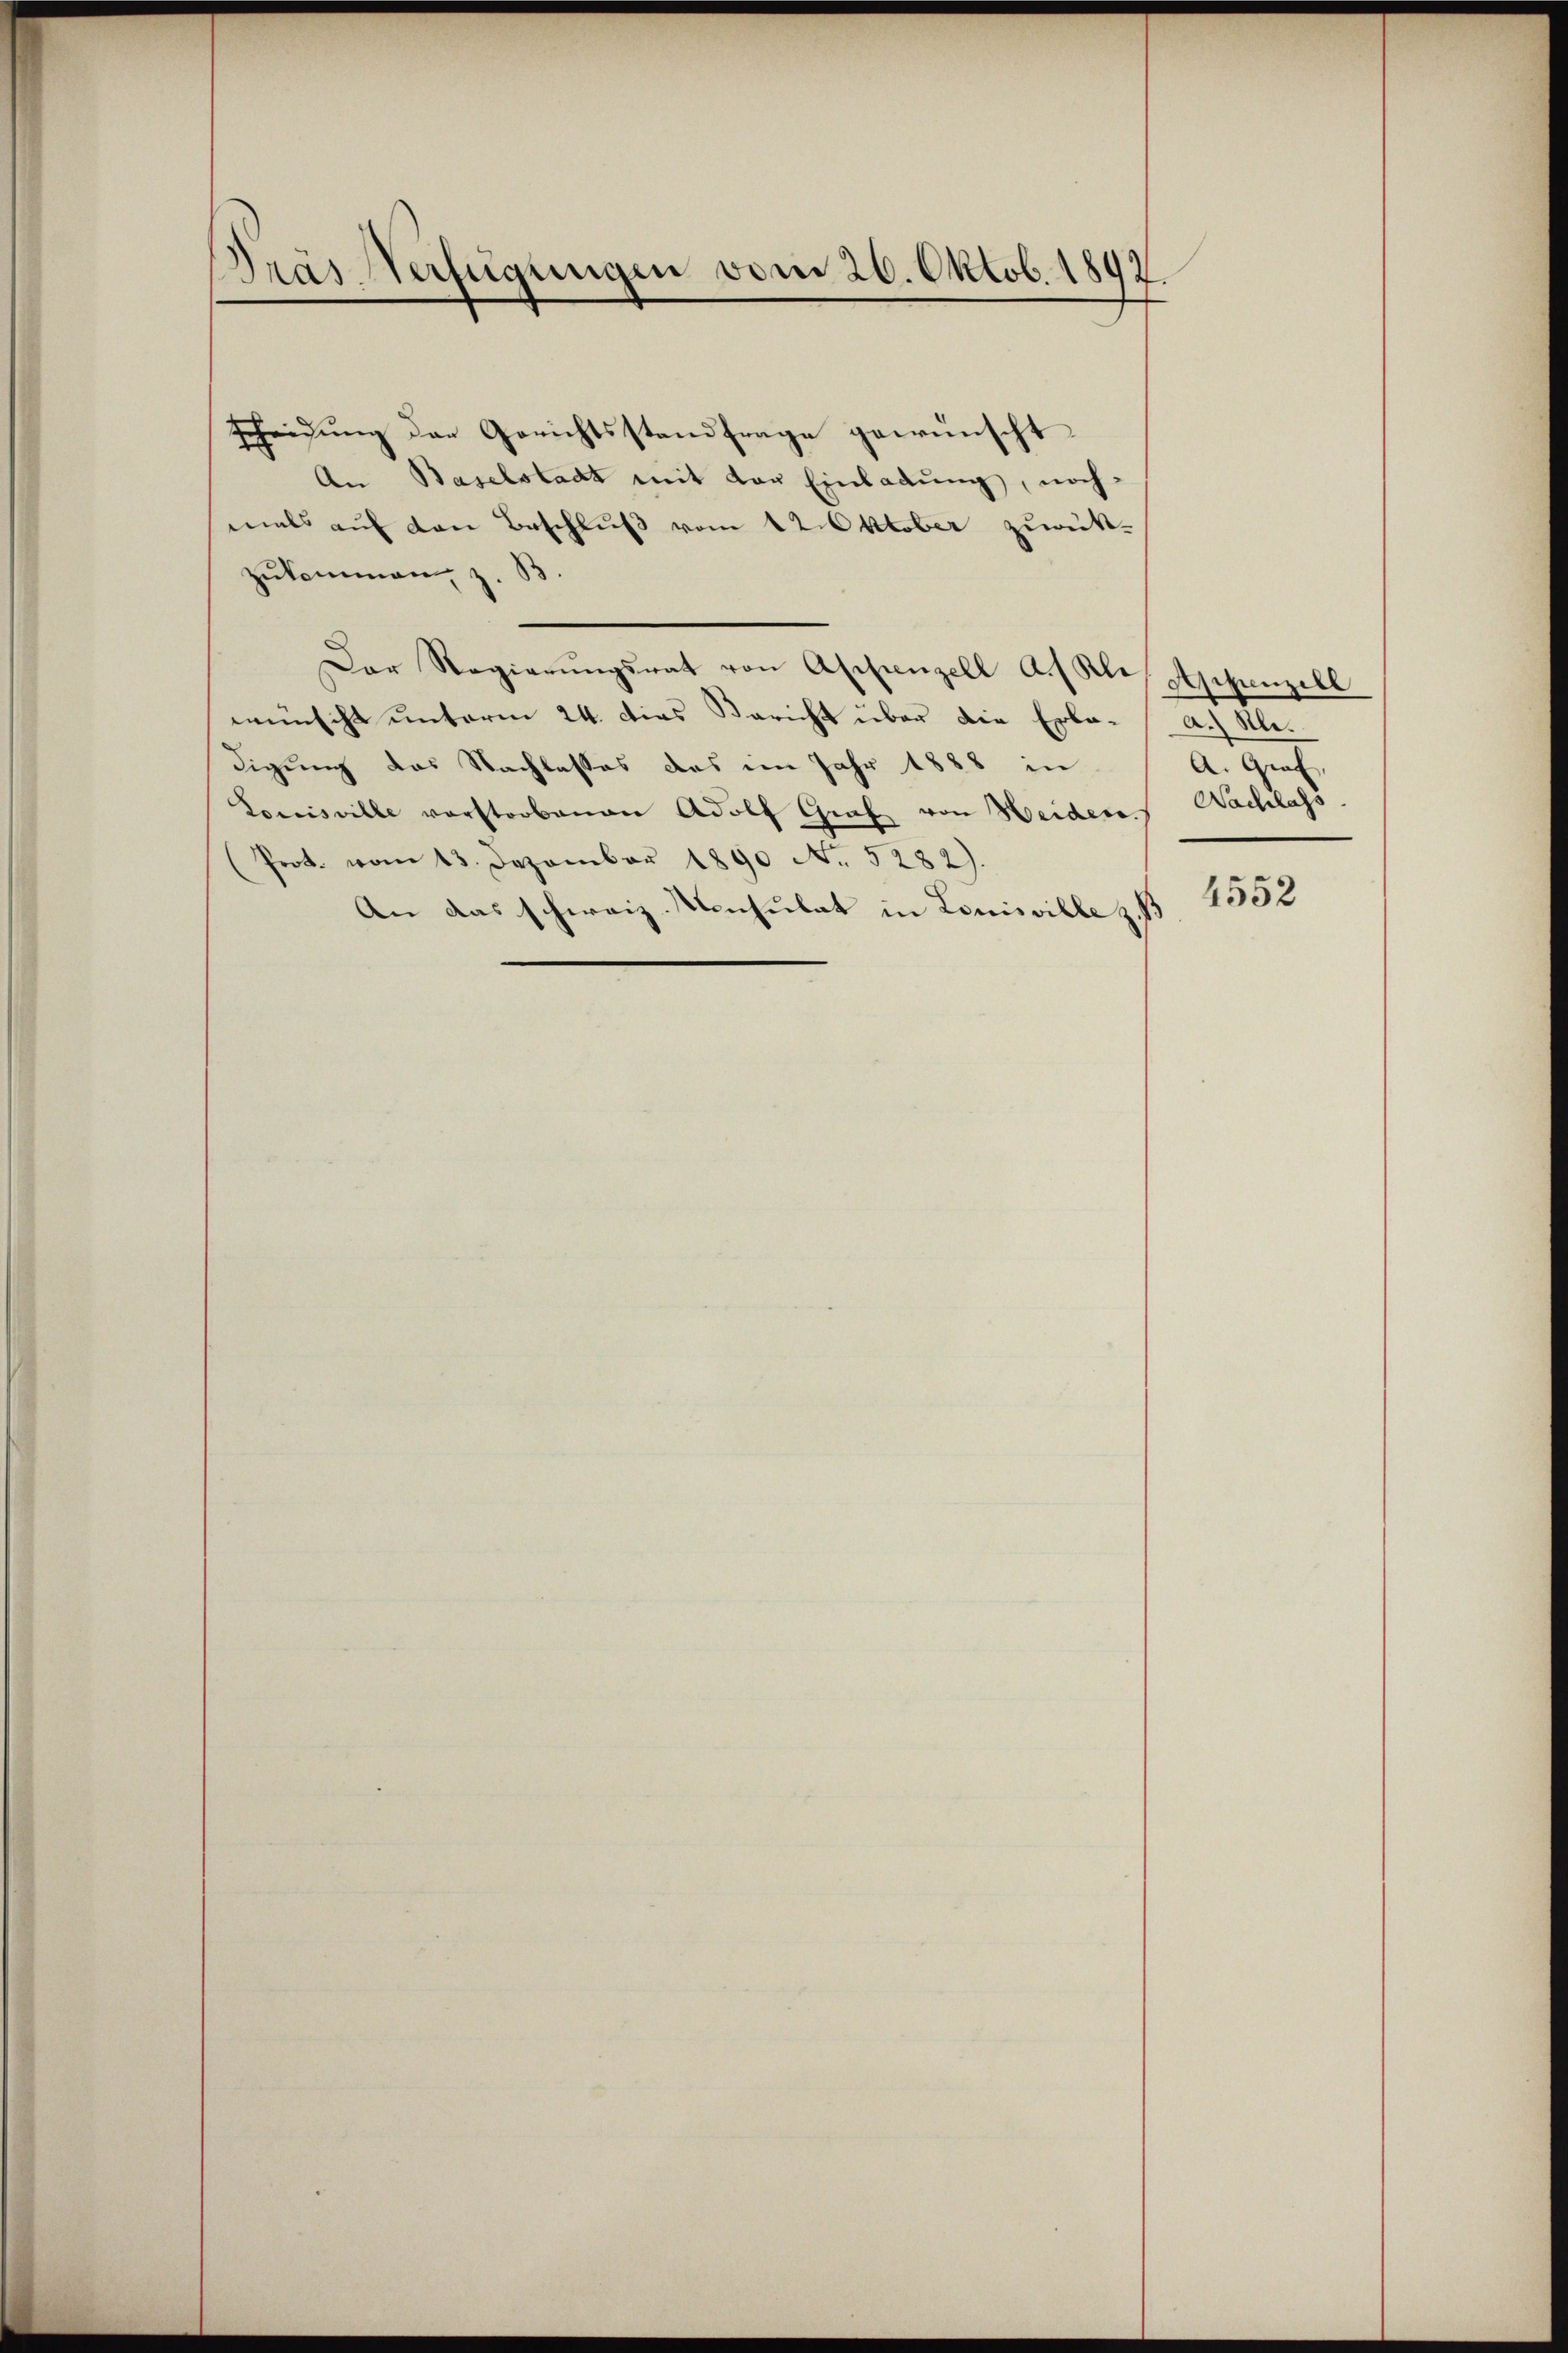
Dräs Verfügungen vom 26. Oktob. 1892

scheidung der Gerichtsstand frage gewünscht
An Baselstadt mit von Einladung, noch-
mals auf den Beschluß vom 12. Oktober zurück-
zukommen, z. B.
Der Regierŭngsrat von Appenzell A. s Klis Appenzell
wünscht unterm 24. dies Bericht über die Erka-
digung das Nachlasses des im Jahr 1888 in
Louisville verstorbenen Adolf Graf von Heideres Nachlass
Prot. vom 13. Dezember 1890 No. 5282).
An das schweiz. Konsulat in Louisville z. B

a.) Al.
A. Graf,

4552